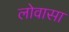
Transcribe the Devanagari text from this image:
लोवासा